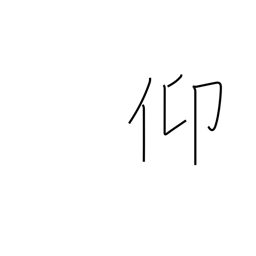
Meaning: seek